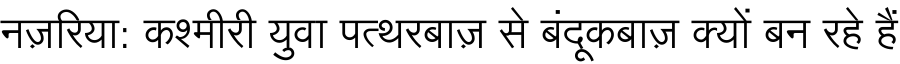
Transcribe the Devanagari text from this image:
नज़रिया: कश्मीरी युवा पत्थरबाज़ से बंदूकबाज़ क्यों बन रहे हैं